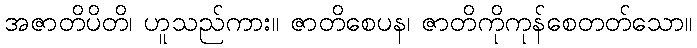
အဇာတိပိတိ၊ ဟူသည်ကား။ ဇာတိစေပန၊ ဇာတိကိုကုန်စေတတ်သော။